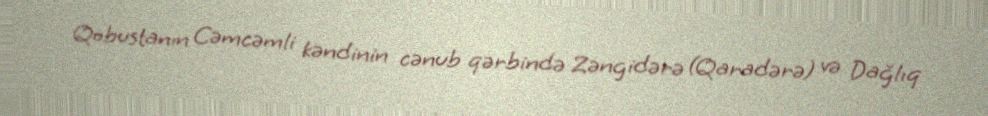
Qobustanın Cəmcəmli kəndinin cənub qərbində Zəngidərə (Qaradərə) və Dağlıq